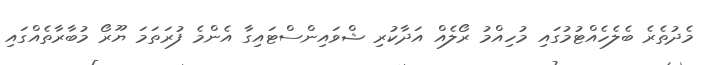
މެދުތެރެ ބެލެހެއްޓުމުގައި މުހިއްމު ރޯލެއް އަދާކުރި ޝްވައިންސްޓައިގާ އެންމެ ފުރަތަމަ ޔޫރޯ މުބާރާތެއްގައި